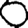
Digit: 0